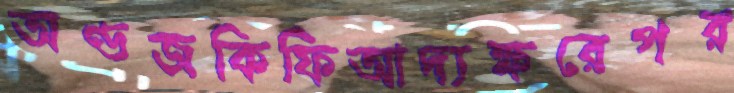
অণ্ডজকিফিআদ্যক্ষরেপর